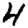
Digit: 4